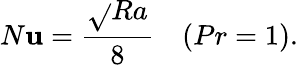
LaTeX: N\mathbf{u}=\frac{{\sqrt{}{{Ra}}}}{{8}}\quad(Pr=1).